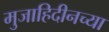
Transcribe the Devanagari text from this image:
मुजाहिदीनच्या